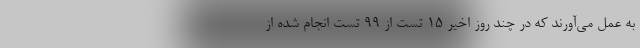
به عمل می‌آورند که در چند روز اخیر 15 تست از 99 تست انجام شده از